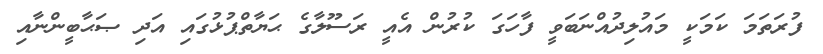
ފުރަތަމަ ކަމަކީ މައުލިދުއްނަބަވީ ފާހަގަ ކުރުން އެއީ ރަސޫލާގެ ޙަޔާތްޕުޅުގައި އަދި ޞަޙާބީންނާއި